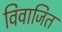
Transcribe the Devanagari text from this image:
विवाजित